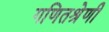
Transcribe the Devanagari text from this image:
गणितश्रेणी